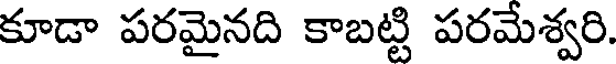
కూడా పరమైనది కాబట్టి పరమేశ్వరి.